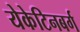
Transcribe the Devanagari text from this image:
येकेटिनबर्ग